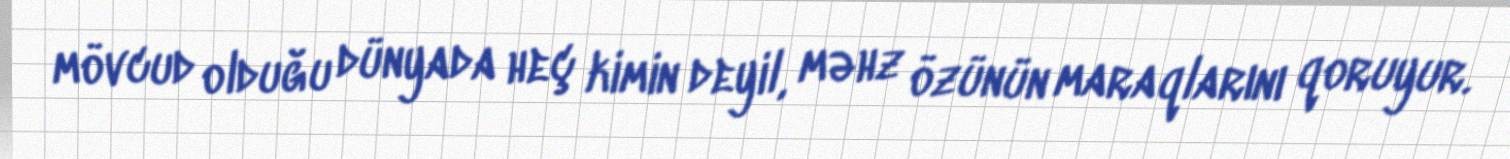
mövcud olduğu dünyada heç kimin deyil, məhz özünün maraqlarını qoruyur.